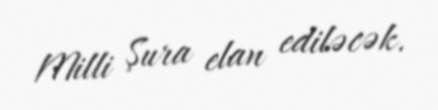
Milli Şura elan ediləcək.